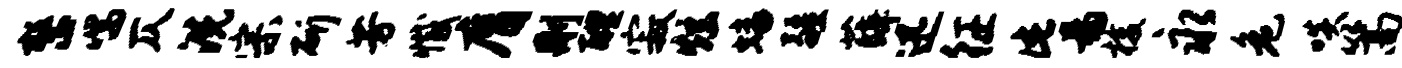
整喘仄洗宗斫芳撼膺删醴寂炫蟠疆薛迅征此易梭永危啖篙